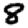
Digit: 8